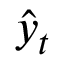
\hat { y } _ { t }